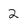
Character: 2